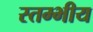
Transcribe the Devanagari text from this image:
स्तम्भीय